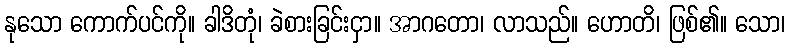
နုသော ကောက်ပင်ကို။ ခါဒိတုံ၊ ခဲစားခြင်းငှာ။ အာဂတော၊ လာသည်။ ဟောတိ၊ ဖြစ်၏။ သော၊